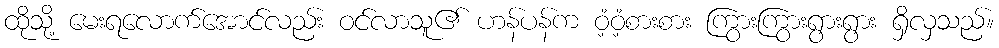
ထိုသို့ မေးရလောက်အောင်လည်း ဝင်လာသူ၏ ဟန်ပန်က ဝံ့ဝံ့စားစား ကြွားကြွားရွားရွား ရှိလှသည်။